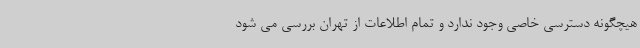
هیچگونه دسترسی خاصی وجود ندارد و تمام اطلاعات از تهران بررسی می شود